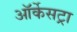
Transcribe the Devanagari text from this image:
ऑर्केसट्रा